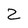
Character: Z